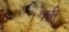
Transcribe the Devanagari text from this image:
।पत्नी